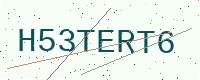
Text: H53TERT6